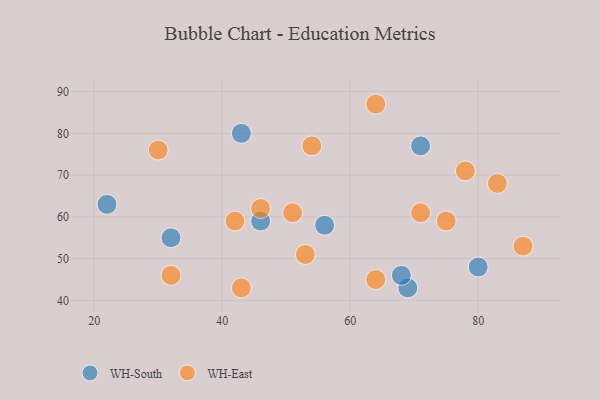
{"axis": {"x": "GDP", "y": "Life Expectancy"}, "legend": ["WH-East", "WH-South"], "data": [{"x": "56", "y": 58, "type": "WH-South"}, {"x": "22", "y": 63, "type": "WH-South"}, {"x": "80", "y": 48, "type": "WH-South"}, {"x": "43", "y": 80, "type": "WH-South"}, {"x": "69", "y": 43, "type": "WH-South"}, {"x": "46", "y": 59, "type": "WH-South"}, {"x": "32", "y": 55, "type": "WH-South"}, {"x": "71", "y": 77, "type": "WH-South"}, {"x": "68", "y": 46, "type": "WH-South"}, {"x": "53", "y": 51, "type": "WH-East"}, {"x": "83", "y": 68, "type": "WH-East"}, {"x": "64", "y": 45, "type": "WH-East"}, {"x": "87", "y": 53, "type": "WH-East"}, {"x": "78", "y": 71, "type": "WH-East"}, {"x": "32", "y": 46, "type": "WH-East"}, {"x": "43", "y": 43, "type": "WH-East"}, {"x": "30", "y": 76, "type": "WH-East"}, {"x": "51", "y": 61, "type": "WH-East"}, {"x": "64", "y": 87, "type": "WH-East"}, {"x": "54", "y": 77, "type": "WH-East"}, {"x": "75", "y": 59, "type": "WH-East"}, {"x": "46", "y": 62, "type": "WH-East"}, {"x": "42", "y": 59, "type": "WH-East"}, {"x": "71", "y": 61, "type": "WH-East"}]}